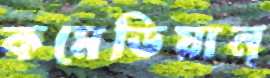
কমেডিয়ান্